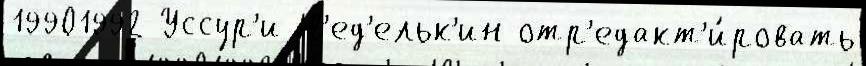
19901992 Уссур'и Н'ед'ельк'ин отр'едакт'и́ровать